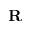
\mathbf { R }